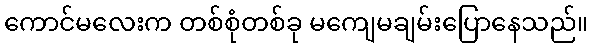
ကောင်မလေးက တစ်စုံတစ်ခု မကျေမချမ်းပြောနေသည်။